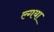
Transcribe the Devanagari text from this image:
ल्गया